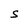
Character: S